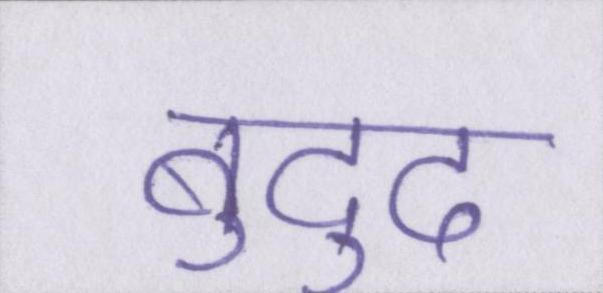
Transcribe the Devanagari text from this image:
बुद्दु